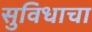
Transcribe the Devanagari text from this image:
सुविधाचा